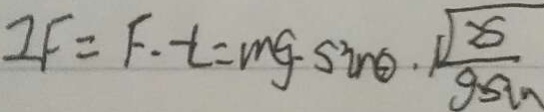
2 F = F \cdot t = m g \cdot \sin \theta \cdot \sqrt { \frac { 2 s } { g \sin } }